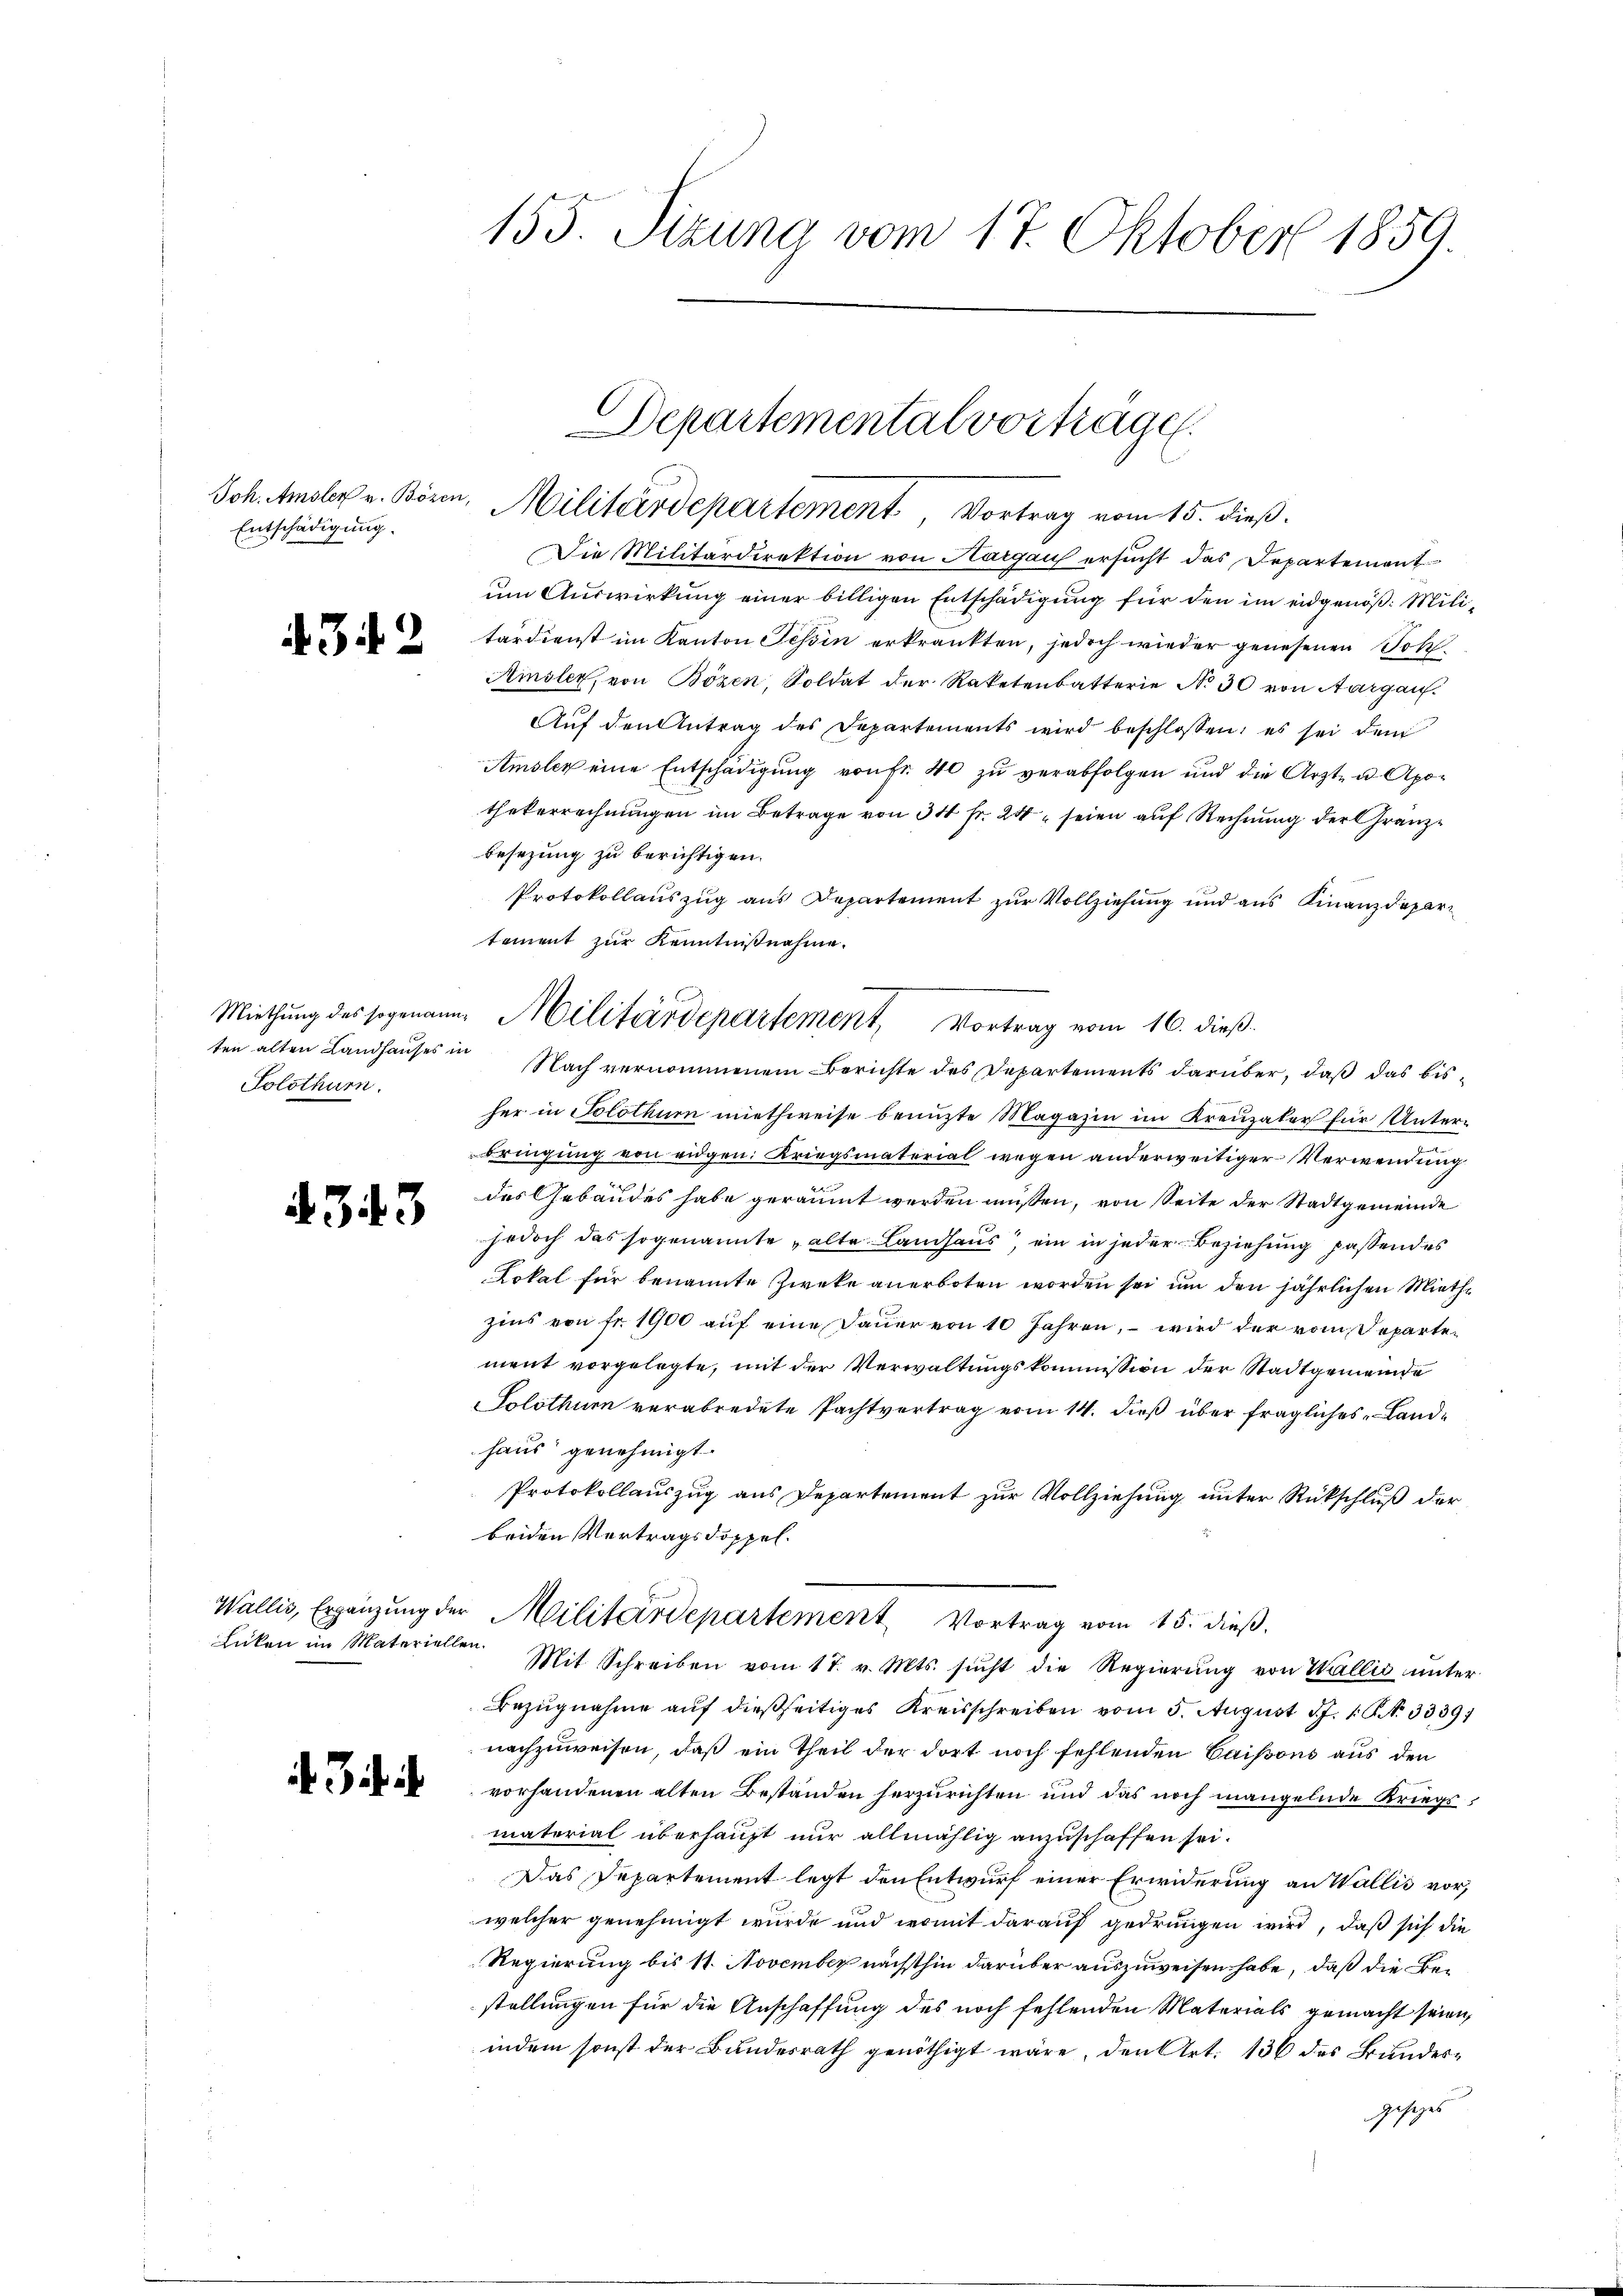
Joh. Amsler v. Bözen,
Entschädigung.

4342

Miethung des sogenann
ten alten Landhauses in
Solothurn.

4343

Licken im Materielle

Bii

155. Jizung vom 17. Oktober 1859.

Die Militärdirektion von Aargau ersucht das Departement
um Auswirkung einer billigen Entschädigung für den im eidgenöß: Militärdienst im Kanton Tessin erkränkten, jedoch wieder genesenen Joh
Amsler, von Bözen, Soldat der Raketenbatterie No 30 von Aargau.
Auf den Antrag des Departements wird beschlossen; es sei dem
Amsler eine Entschädigung von Fr. 40 zu verabfolgen und die Arzt- u. Apo-
thekerrechnungen im Betrage von 34 fr. 24 seien auf Rechnung der Granzbesezung zu berichtigen.
Protokollauszug aus Departement zur Vollziehung und aus Finanzdepartement zur Kenntnißnahme.
t
Nach vernommenem Berichte des Departements darüber, daß das bisher in Solothurn miethweise benuzte Magazin im Kreuzaler für Unter-
bringung von eidgen: Kriegsmaterial wegen anderweitiger Verwendung
das Gebäudes habe geräumt werden müßen, von Seite der Stadtgemeinde
jedoch das sogenannte alte Landhaus ein in jeder Beziehung passendes
Lokal für benannte Zweke anerboten worden sei um den jährlichen Miethzins von Fr. 1900 auf eine Dauer von 10 Jahren, – wird der vom Departement vorgelegte, mit der Verwaltungskommission der Stadtgemeinde
Solothurn verabredete Pachtvertrag vom 14. dieß über fragliches Landhaus genehmigt.
Protokollauszug aus Departement zur Vollziehung unter Rückschluß der
beiden Vertragsdoppel¬
Wallis, Ergänzŭng der Militärdepartement Vortrag vom 15. dieß.
12
Mit Schreiben vom 17. v. Mts. sucht die Regierung von Wallis unter
Bezugnahme auf dießseitiges Kreisschreiben vom 5. August 17. 19. 3339.
nachzuweisen, daß ein Theil der dort noch fehlenden Caissons aus den
vorhandenen alten Bestanden herzurichten und das noch mangelnde Kriegsmatorial überhaupt nur allmählig anzuschaffen sei.
Das Departement legt den Entwurf einer Erwiderung an Wallis vor,
welcher genehmigt wurde und womit darauf gedrungen wird, daß sich die
Regierung bis 11. November nächsthin darüber auszuweisen habe, daß die Bestellungen für die Anschaffung des noch fehlenden Materials gemacht seien,
indem sonst der Bundesrath genöthigt wäre, den Art. 136 des Bundesgesiges

Departemental vorträge.
Militärdepartement Vortrag vom 15. dieß.

"Militärdepartement, Vortrag vom 16. dieß.